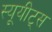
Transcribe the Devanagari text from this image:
स्यूयीट्स